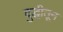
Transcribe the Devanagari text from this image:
बुद्धीतून